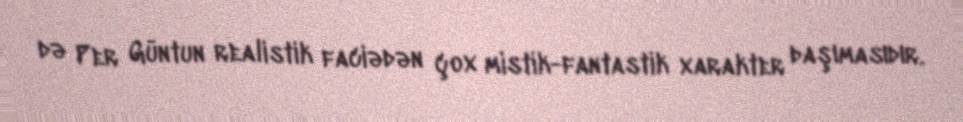
də Per Güntun realistik faciədən çox mistik-fantastik xarakter daşımasıdır.